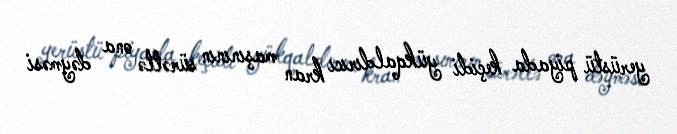
yerüstü piyada keçidi yükqaldırıcı kran maşınının sürətlə ona dəyməsi